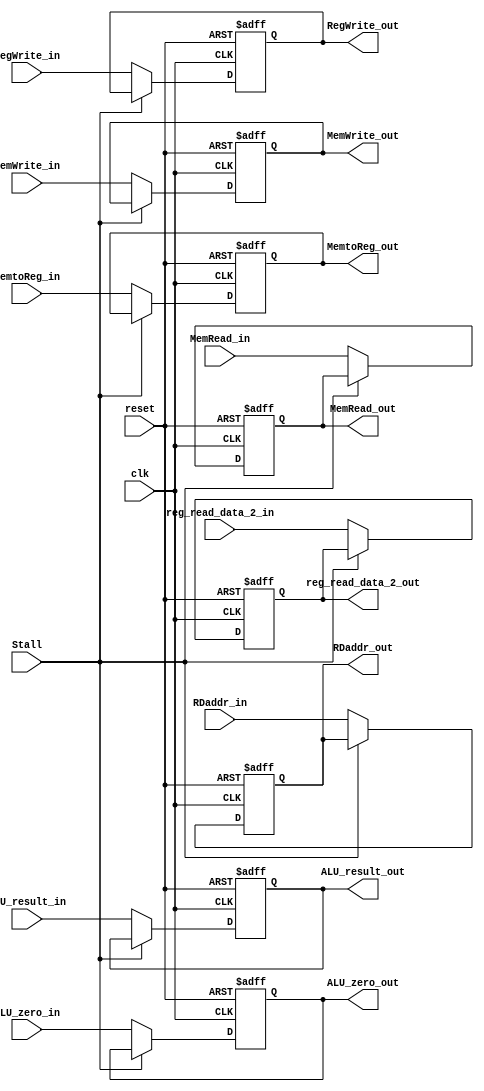
module EX_MEM(
    RegWrite_in, 
    MemtoReg_in, 
    MemRead_in,
    MemWrite_in,
    ALU_result_in,
    ALU_zero_in,
    reg_read_data_2_in,
    RDaddr_in,
	Stall,  // If 0, stall the pipeline.
    clk, 
    reset,
    RegWrite_out, 
    MemtoReg_out, 
    MemRead_out,
    MemWrite_out,
    ALU_result_out,
    ALU_zero_out,
    reg_read_data_2_out,
    RDaddr_out
);
	// 2. WB control signal
	input RegWrite_in, MemtoReg_in;
	output RegWrite_out, MemtoReg_out;
	// 3. MEM control signal
	input MemRead_in, MemWrite_in;
	output MemRead_out, MemWrite_out;
	// 5. data content
	input ALU_zero_in;
	output ALU_zero_out;
	input [31:0] ALU_result_in, reg_read_data_2_in;
	output [31:0] ALU_result_out, reg_read_data_2_out;
    input [4:0] RDaddr_in;
    output [4:0] RDaddr_out;
	// general signal
	// reset: async; set all register content to 0
	input Stall, clk, reset;

	reg RegWrite_out, MemtoReg_out;
	reg MemRead_out, MemWrite_out;
	reg ALU_zero_out;
	reg [31:0] ALU_result_out, reg_read_data_2_out;
	reg [4:0] RDaddr_out;

	always @(posedge clk or posedge reset)
	begin
		if (reset == 1'b1)
		begin
		  RegWrite_out <= 1'b0;
		  MemtoReg_out <= 1'b0;
		  MemRead_out <= 1'b0;
		  MemWrite_out <= 1'b0;
		  ALU_zero_out <= 1'b0;
		  ALU_result_out <= 32'b0;
		  reg_read_data_2_out <= 32'b0;
		  RDaddr_out <= 5'b0; 
		end
		else if (!Stall) begin
		  RegWrite_out <= RegWrite_in;
		  MemtoReg_out <= MemtoReg_in;
		  MemRead_out <= MemRead_in;
		  MemWrite_out <= MemWrite_in;
		  ALU_zero_out <= ALU_zero_in;
		  ALU_result_out <= ALU_result_in;
		  reg_read_data_2_out <= reg_read_data_2_in;
		  RDaddr_out <= RDaddr_in;
		end

	end

endmodule